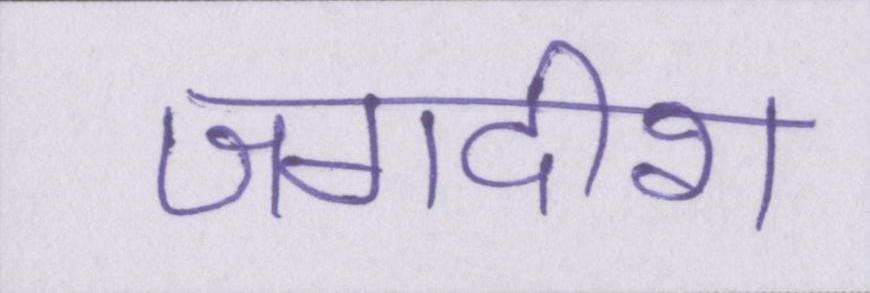
जगदीश